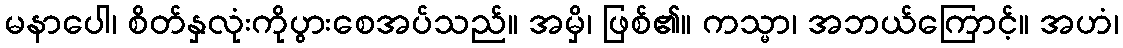
မနာပေါ၊ စိတ်နှလုံးကိုပွားစေအပ်သည်။ အမှိ၊ ဖြစ်၏။ ကသ္မာ၊ အဘယ်ကြောင့်။ အဟံ၊